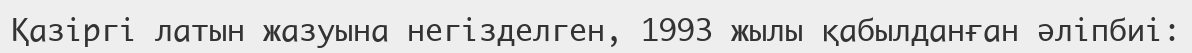
Қазіргі латын жазуына негізделген, 1993 жылы қабылданған әліпбиі: